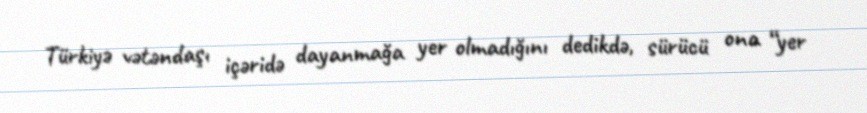
Türkiyə vətəndaşı içəridə dayanmağa yer olmadığını dedikdə, sürücü ona “yer